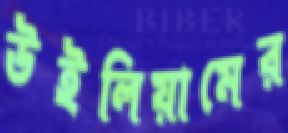
উইলিয়ামের